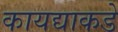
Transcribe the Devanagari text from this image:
कायद्याकडे